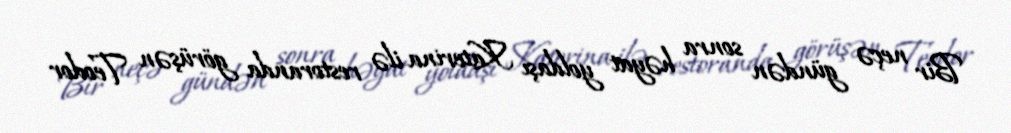
Bir neçə gündən sonra həyat yoldaşı Katerina ilə restoranda görüşən Teodor